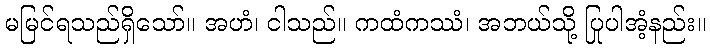
မမြင်ရသည်ရှိသော်။ အဟံ၊ ငါသည်။ ကထံကဿံ၊ အဘယ်သို့ ပြုပါအံ့နည်း။